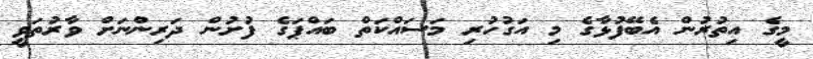
މީގެ އިތުރުން އެބޭފުޅާގެ މި އަގުހުރި މަސައްކަތް ބައްޕަގެ ފުށުން ދަރިންނަށް ވާރުތަވީ